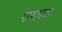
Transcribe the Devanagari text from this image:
एमात्र